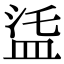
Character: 𥁩